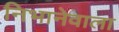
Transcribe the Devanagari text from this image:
निभानेवाला